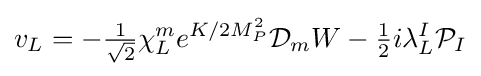
v_{L}=-{\tfrac {1}{\sqrt {2}}}\chi _{L}^{m}e^{K/2M_{P}^{2}}{\mathcal {D}}_{m}W-{\tfrac {1}{2}}i\lambda _{L}^{I}{\mathcal {P}}_{I}